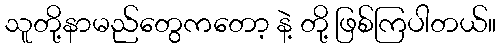
သူတို့နာမည်တွေကတော့ နဲ့ တို့ ဖြစ်ကြပါတယ်။